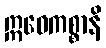
ဣဓေကစ္စာနိ